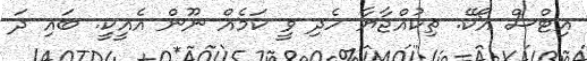
އިޓްސް އޯކޭ. ތިކުއްޖާޔާ ހެދި ވީ ކަމެއް ނޫން އެއީކީ. ބައި ދަ